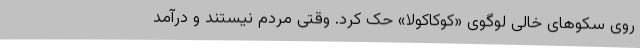
روی سکوهای خالی لوگوی «کوکاکولا» حک کرد. وقتی مردم نیستند و درآمد